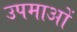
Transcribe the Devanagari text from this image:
उपमाआें